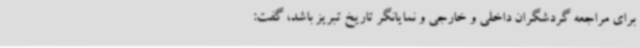
برای مراجعه گردشگران داخلی و خارجی و نمایانگر تاریخ تبریز باشد، گفت: